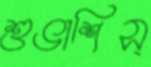
শুভাশিস্‌